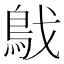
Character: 𩿙